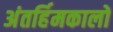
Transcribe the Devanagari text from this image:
अंतर्हिमकालों